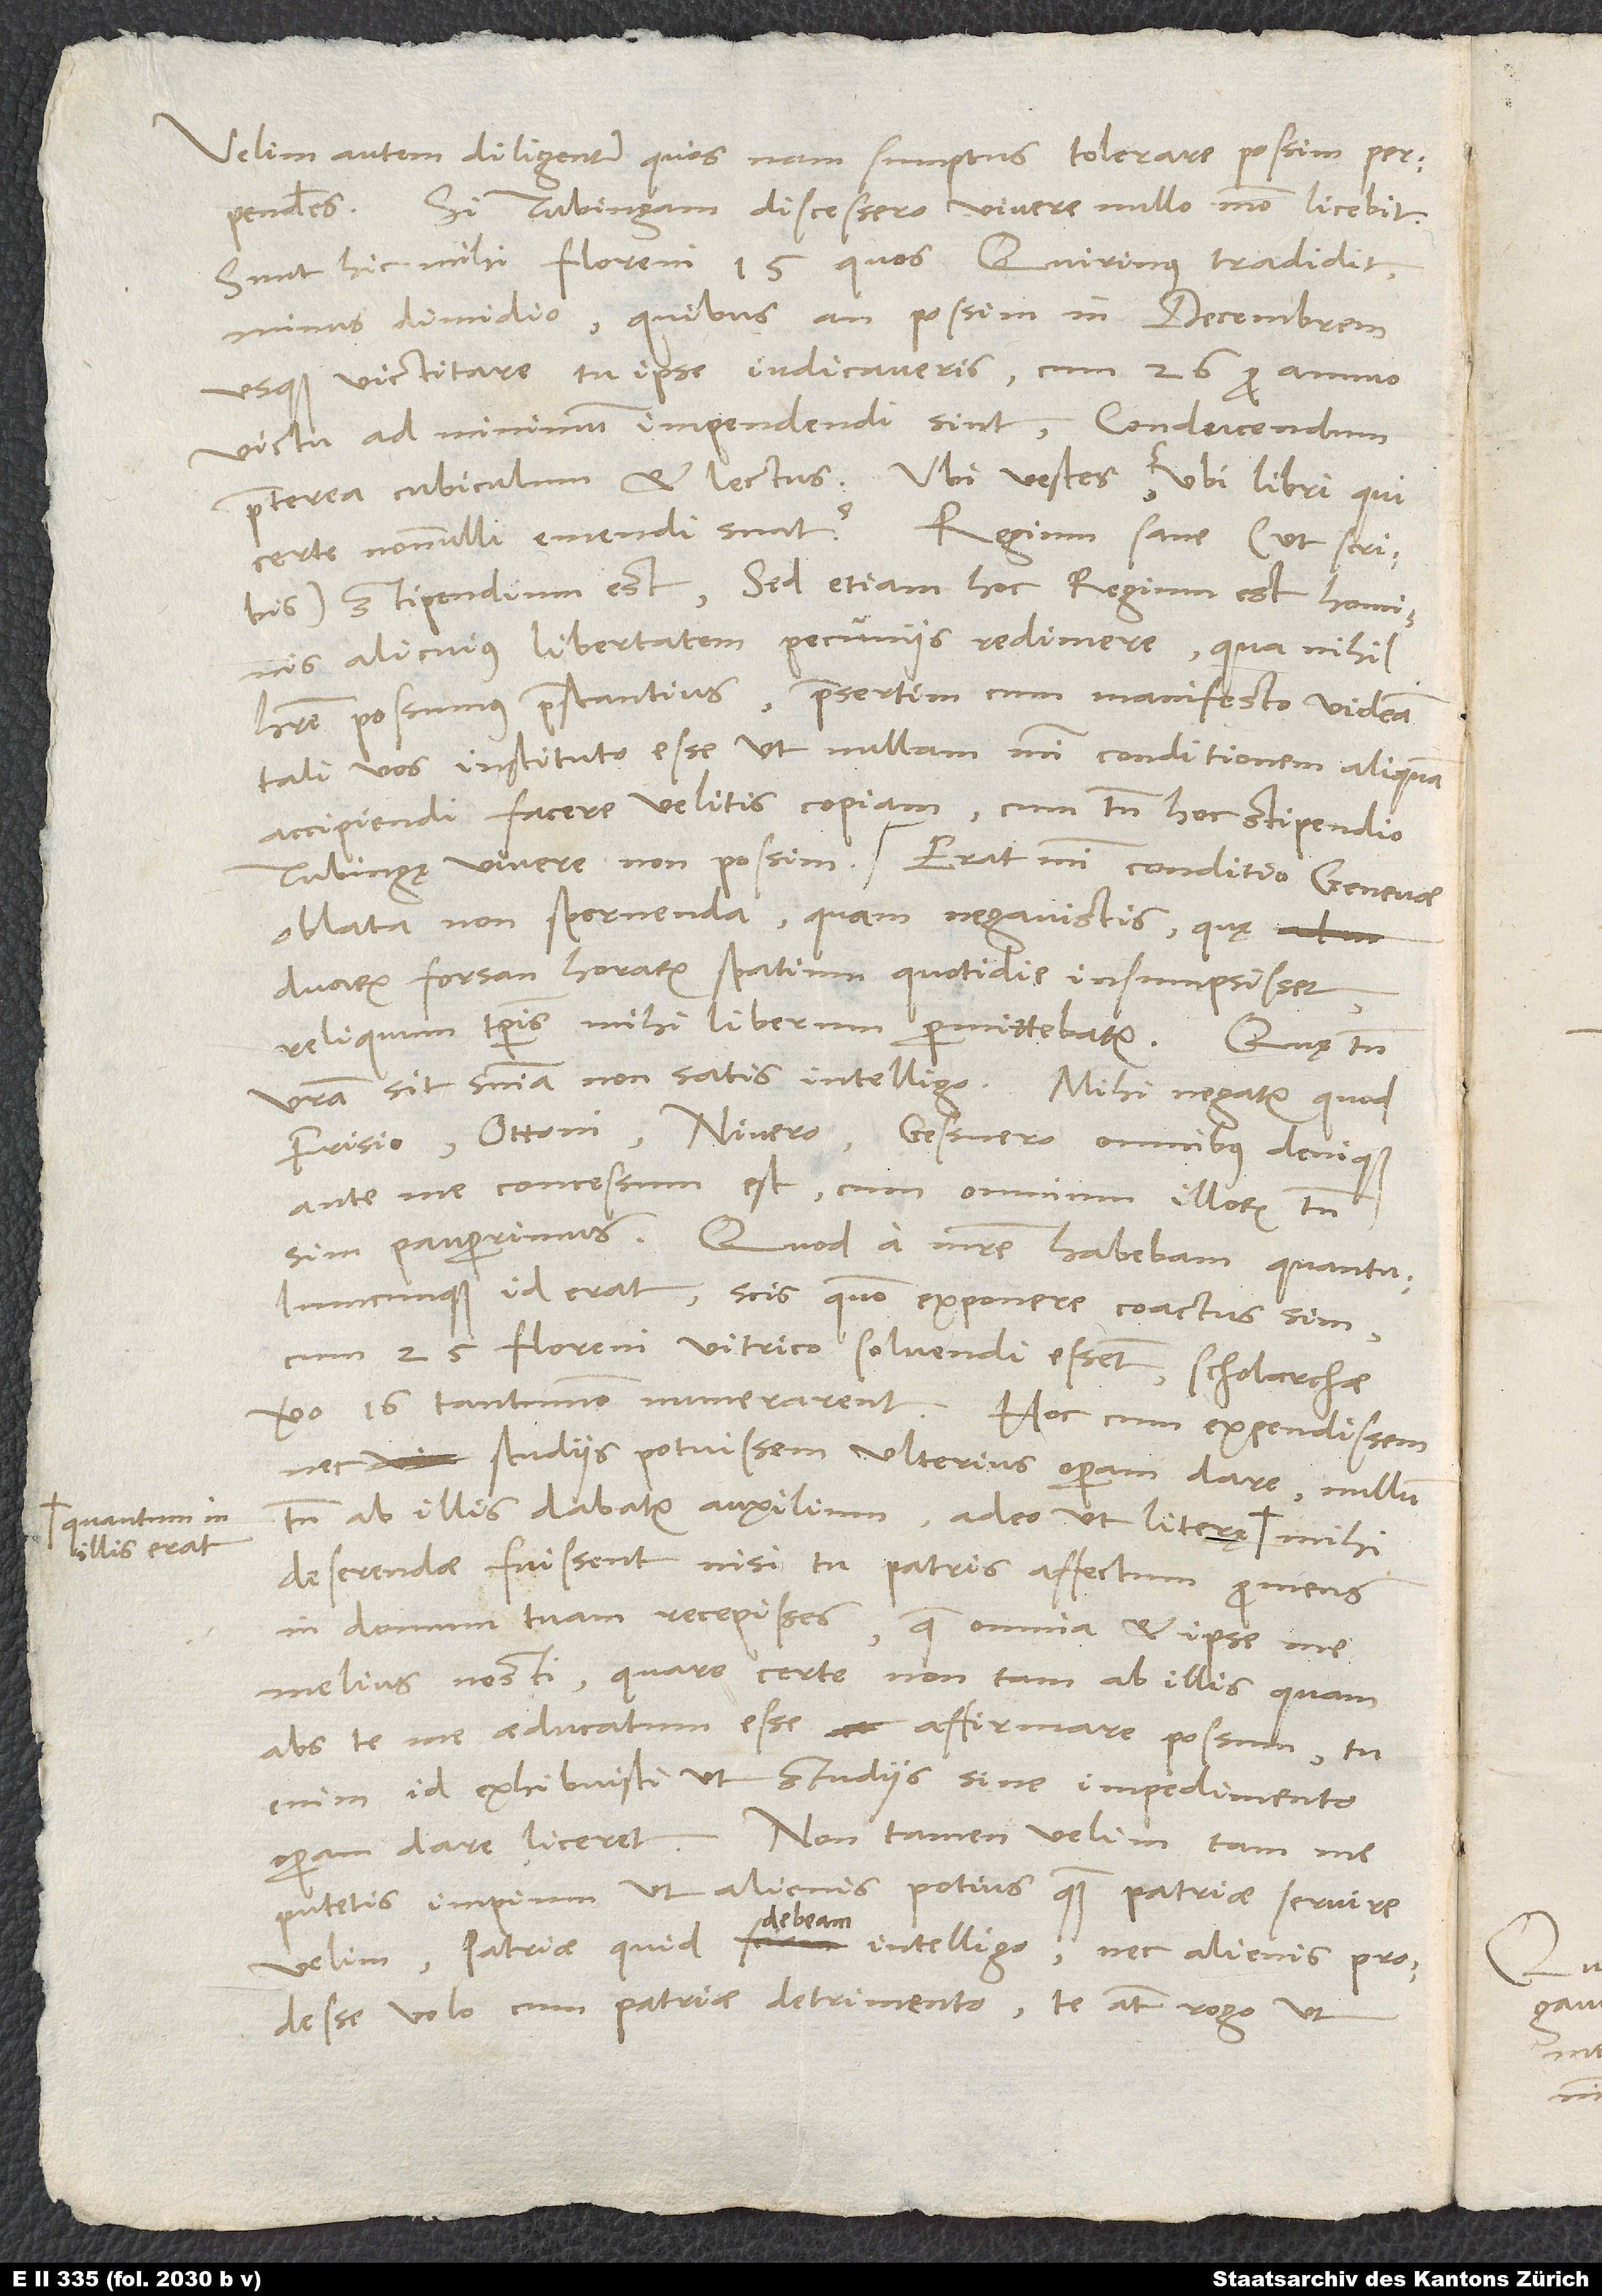
quantum in
illis erat,

Velim autem, diligenter, quos nam sumptus tolerare possim, perpendas.
Si Tubingam discessero, vivere nullo modo licebit.
Sunt hic mihi floreni 15, quos Quirinus tradidit,
minus dimidio; quibus an possim in decembrem
usque victitare, tu ipse iudicaveris, cum 26 pro annuo
victu ad minimum impendendi sint, conducendum
praeterea cubiculum et lectus. Ubi vestes, ubi libri, qui
certe nonnulli emendi sunt? Regium sane (ut scribis)
stipendium est; sed etiam hoc regium est, hominis
alicuius libertatem pecuniis redimere, qua nihil
habere possumus praestantius, praesertim cum manifesto videam
tali vos instituto esse, ut nullam mihi conditionem aliquam
accipiendi facere velitis copiam, cum tamen hoc stipendio
Tubingę vivere non possim. Erat mihi conditio Genevae
oblata non spernenda, quam negavistis, quę
duarum forsan horarum spatium quotidie insumpsisset;
reliquum temporis mihi liberum permittebatur. Quę tamen
vestra sit sententia, non satis intelligo. Mihi negatur, quod
Frisio, Ottoni, Nivero, Gessnero, omnibus denique
ante me concessum est, cum omnium illorum tamen
sim pauperrimus. Quod a matre habebam, quantulumcunque
cum 25 floreni vitrico solvendi essent, scholarchae
vero 16 tantummodo numerarent. Hoc cum expendissem
nec studiis potuissem ulterius operam dare, nullum
tamen ab illis dabatur auxilium, adeo ut literę,
deserendae fuissent, nisi tu patris affectum promens
in domum tuam recepisses, quae omnia et ipse me
melius nosti. Quare certe non tam ab illis quam
abs te me aeducatum esse affirmare possum; tu
enim id exhibuisti, ut studiis sine impedimento
operam dare liceret. Non tamen velim, tam me
putetis impium, ut alienis potius quam patriae servire
velim; patriae quid debeam,
intelligo nec alienis prodesse
volo cum patriae detrimento. Te autem rogo, ut